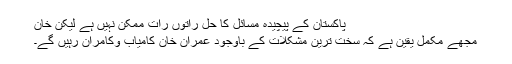
پاکستان کے پیچیدہ مسائل کا حل راتوں رات ممکن نہیں ہے لیکن خان
مجھے مکمل یقین ہے کہ سخت ترین مشکلات کے باوجود عمران خان کامیاب وکامران رہیں گے۔